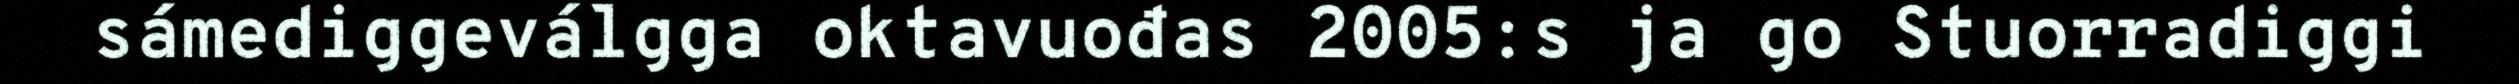
sámediggeválgga oktavuođas 2005:s ja go Stuorradiggi